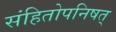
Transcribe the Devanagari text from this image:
संहितोपनिषत्